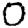
Digit: 0